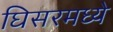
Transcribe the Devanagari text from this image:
घिसरमध्ये